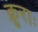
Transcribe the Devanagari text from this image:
क्रूराः